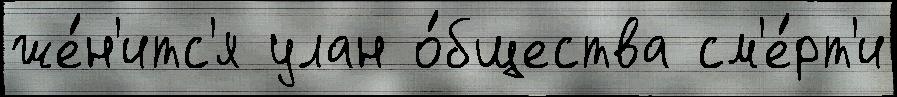
же́н'итс'я улан о́бщества см'е́рт'и